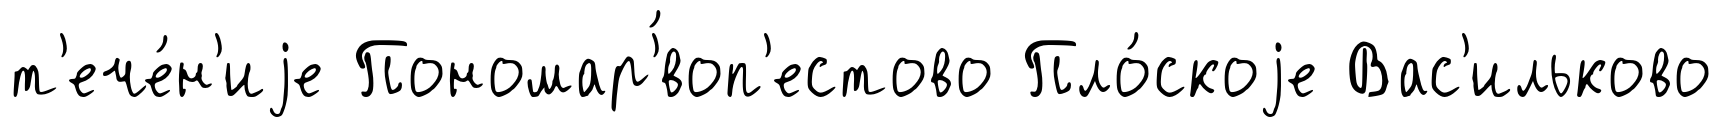
т'ече́н'иjе Пономар'́воп'естово Пло́скоjе Вас'ильково